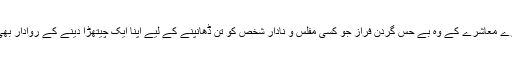
آہ ہمارے معاشرے کے وہ بے حس گردن فراز جو کسی مفلس و نادار شخص کو تن ڈھانپنے کے لیے اپنا ایک چیتھڑا دینے کے روادار بھی نہیں۔